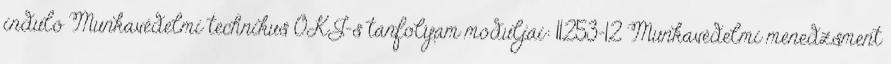
induló Munkavédelmi technikus OKJ-s tanfolyam moduljai: 11253-12 Munkavédelmi menedzsment